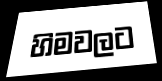
හිමවලට